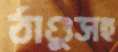
ঠাণ্ডুসহ